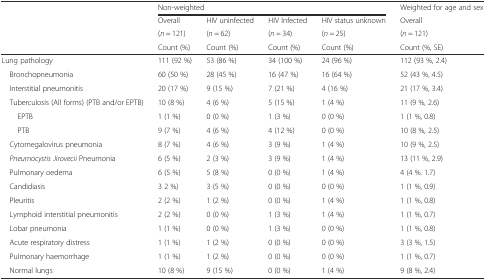
<table><thead><tr><td></td><td colspan="4"><b>Non-weighted</b></td><td><b>Weighted for age and sex</b></td></tr><tr><td rowspan="2"></td><td><b>Overall</b></td><td><b>HIV uninfected</b></td><td><b>HIV Infected</b></td><td><b>HIV status unknown</b></td><td><b>Overall</b></td></tr><tr><td><b>(<i>n</i> = 121)</b></td><td><b>(<i>n</i> = 62)</b></td><td><b>(<i>n</i> = 34)</b></td><td><b>(<i>n</i> = 25)</b></td><td><b>(<i>n</i> = 121)</b></td></tr><tr><td></td><td><b>Count (%)</b></td><td><b>Count (%)</b></td><td><b>Count (%)</b></td><td><b>Count (%)</b></td><td><b>Count (%, SE)</b></td></tr></thead><tbody><tr><td>Lung pathology</td><td>111 (92 %)</td><td>53 (86 %)</td><td>34 (100 %)</td><td>24 (96 %)</td><td>112 (93 %, 2.4)</td></tr><tr><td> Bronchopneumonia</td><td>60 (50 %)</td><td>28 (45 %)</td><td>16 (47 %)</td><td>16 (64 %)</td><td>52 (43 %, 4.5)</td></tr><tr><td> Interstitial pneumonitis</td><td>20 (17 %)</td><td>9 (15 %)</td><td>7 (21 %)</td><td>4 (16 %)</td><td>21 (17 %, 3.4)</td></tr><tr><td> Tuberculosis (All forms) (PTB and/or EPTB)</td><td>10 (8 %)</td><td>4 (6 %)</td><td>5 (15 %)</td><td>1 (4 %)</td><td>11 (9 %, 2.6)</td></tr><tr><td>EPTB</td><td>1 (1 %)</td><td>0 (0 %)</td><td>1 (3 %)</td><td>0 (0 %)</td><td>1 (1 %, 0.8)</td></tr><tr><td>PTB</td><td>9 (7 %)</td><td>4 (6 %)</td><td>4 (12 %)</td><td>0 (0 %)</td><td>10 (8 %, 2.5)</td></tr><tr><td> Cytomegalovirus pneumonia</td><td>8 (7 %)</td><td>4 (6 %)</td><td>3 (9 %)</td><td>1 (4 %)</td><td>10 (9 %, 2.5)</td></tr><tr><td> <i>Pneumocystis Jirovecii</i> Pneumonia</td><td>6 (5 %)</td><td>2 (3 %)</td><td>3 (9 %)</td><td>1 (4 %)</td><td>13 (11 %, 2.9)</td></tr><tr><td> Pulmonary oedema</td><td>6 (5 %)</td><td>5 (8 %)</td><td>0 (0 %)</td><td>1 (4 %)</td><td>4 (4 %. 1.7)</td></tr><tr><td> Candidiasis</td><td>3 2 %)</td><td>3 (5 %)</td><td>0 (0 %)</td><td>0 (0 %)</td><td>1 (1 %, 0.9)</td></tr><tr><td> Pleuritis</td><td>2 (2 %)</td><td>1 (2 %)</td><td>0 (0 %)</td><td>1 (4 %)</td><td>1 (1 %, 0.8)</td></tr><tr><td> Lymphoid interstitial pneumonitis</td><td>2 (2 %)</td><td>0 (0 %)</td><td>1 (3 %)</td><td>1 (4 %)</td><td>1 (1 %, 0.7)</td></tr><tr><td> Lobar pneumonia</td><td>1 (1 %)</td><td>0 (0 %)</td><td>1 (3 %)</td><td>0 (0 %)</td><td>1 (1 %, 0.8)</td></tr><tr><td> Acute respiratory distress</td><td>1 (1 %)</td><td>1 (2 %)</td><td>0 (0 %)</td><td>0 (0 %)</td><td>3 (3 %, 1.5)</td></tr><tr><td> Pulmonary haemorrhage</td><td>1 (1 %)</td><td>1 (2 %)</td><td>0 (0 %)</td><td>0 (0 %)</td><td>1 (1 %, 0.7)</td></tr><tr><td> Normal lungs</td><td>10 (8 %)</td><td>9 (15 %)</td><td>0 (0 %)</td><td>1 (4 %)</td><td>9 (8 %, 2.4)</td></tr></tbody></table>